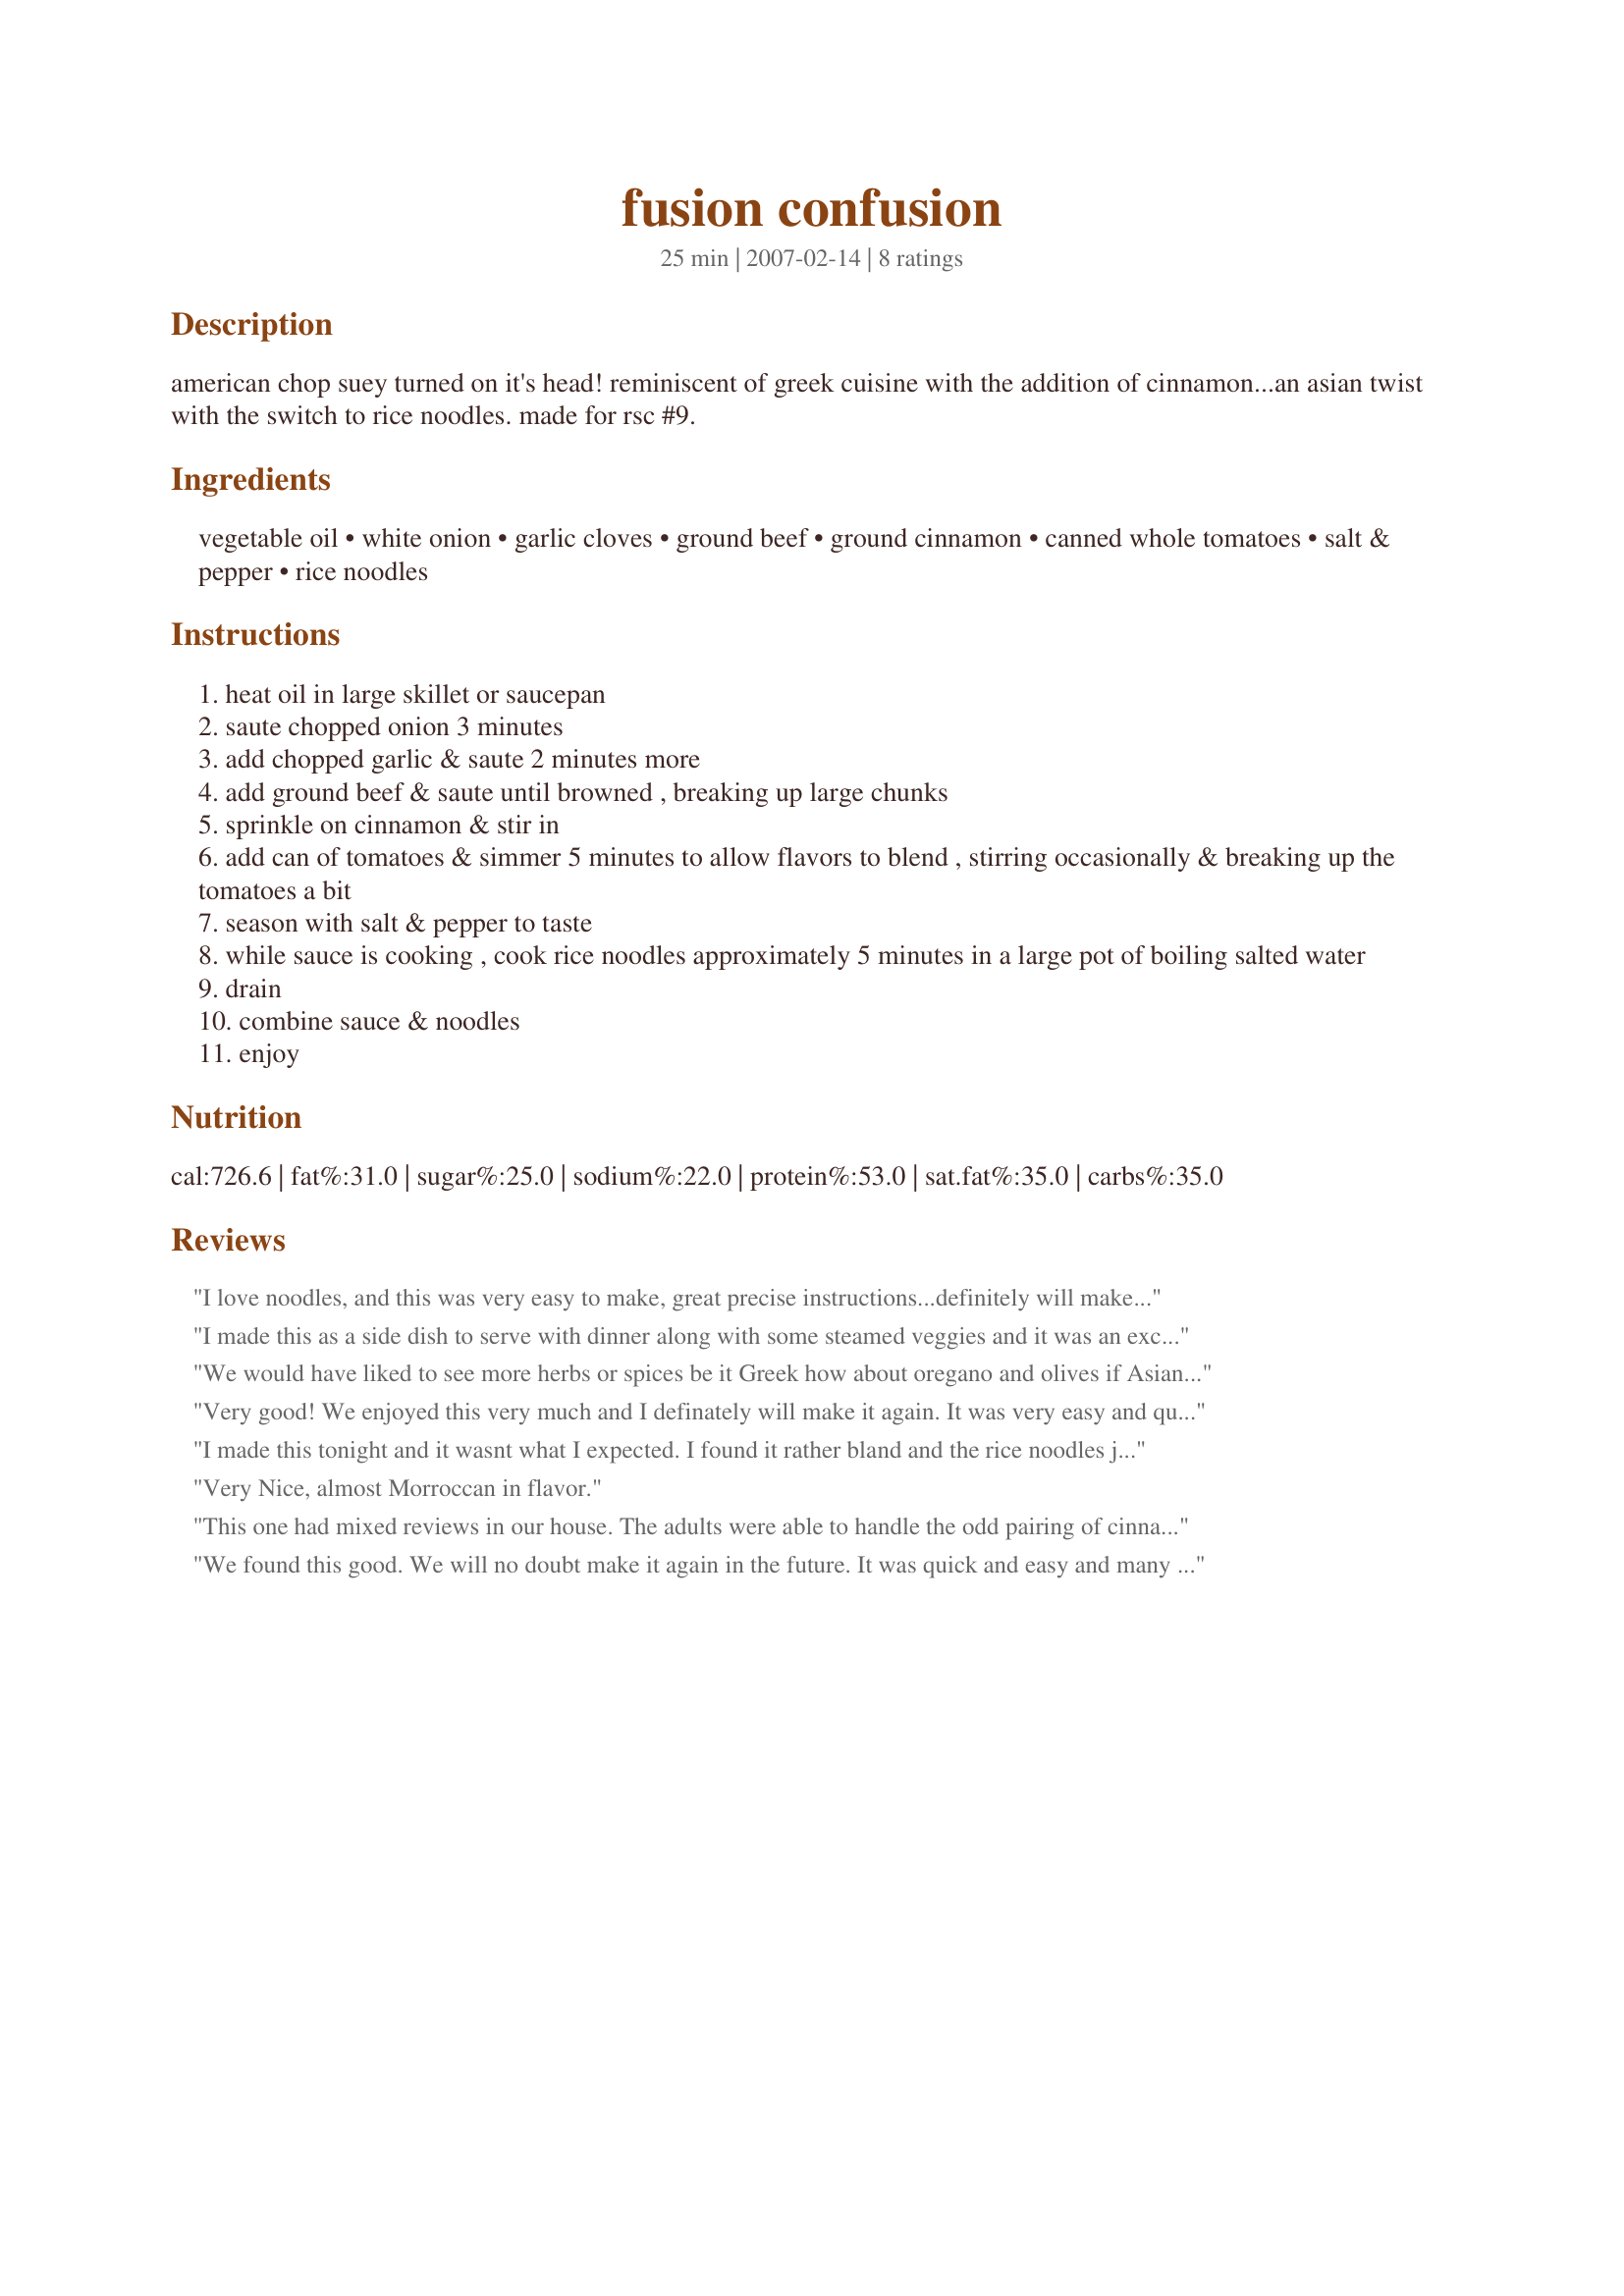
fusion confusion
Preparation time: 25 minutes

american chop suey turned on it's head! reminiscent of greek cuisine with the addition of cinnamon...an asian twist with the switch to rice noodles. made for rsc #9.

Ingredients:
vegetable oil, white onion, garlic cloves, ground beef, ground cinnamon, canned whole tomatoes, salt & pepper, rice noodles

Steps:
heat oil in large skillet or saucepan
saute chopped onion 3 minutes
add chopped garlic & saute 2 minutes more
add ground beef & saute until browned , breaking up large chunks
sprinkle on cinnamon & stir in
add can of tomatoes & simmer 5 minutes to allow flavors to blend , stirring occasionally & breaking up the tomatoes a bit
season with salt & pepper to taste
while sauce is cooking , cook rice noodles approximately 5 minutes in a large pot of boiling salted water
drain
combine sauce & noodles
enjoy

Reviews:
I love noodles, and this was very easy to make, great precise instructions...definitely will make again. Thank you for a wonderful recipe.
I made this as a side dish to serve with dinner along with some steamed veggies and it was an excellent choice. The cinnamon really went well with the ground beef. The guys do not like rice noodles so I had no choice but to use fettuccine noodles. I added Sriracha Hot Chili Sauce to mine and it paired well with the cinnamon. Good Luck Chef!
We would have liked to see more herbs or spices be it Greek how about oregano and olives if Asian how`s cilantro and or ginger. Some hot pepper flakes would have given this a nice boost as well. I did drain the fat from the cooked meat before sprinkling on the cinnamon. And let the sauce simmer for 20 minutes to the desired thickness. As for 1 pound of noodles was way overpowering for the meat got lost in it. I would suggest 1/2 pound would be plenty.
Very good! We enjoyed this very much and I definately will make it again. It was very easy and quick to make for a weeknight and used most things I always have in the pantry. The instructions were very clear and easy to follow. We really liked the cinnamon in it, lovely flavour and it livened up the rice noodles. Thanks for posting and good luck in the contest.
I made this tonight and it wasnt what I expected. I found it rather bland and the rice noodles just didnt seem to go with the dish. My husband actually chose not to finish his plate, he disliked it so much. I am not sure what would improve this dish as I added ginger and red pepper but still found it bland. We will not try it again.
Very Nice, almost Morroccan in flavor.
This one had mixed reviews in our house. The adults were able to handle the odd pairing of cinnamon-flavored meat with rice noodles, but the teens didn't go for it at all.
We found this good. We will no doubt make it again in the future. It was quick and easy and many nights we are looking for that.
